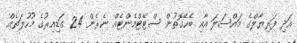
އަދި ފަރިޔާލްގެ މައްސަލަ އާއި ބެހޭގޮތުން ސްޓޭޓްމެންޓެއް ނެރެން 24 ގަޑިއިރުގެ މުހުލަތެއް